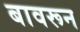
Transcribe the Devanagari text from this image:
बावरून